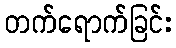
တက်ရောက်ခြင်း